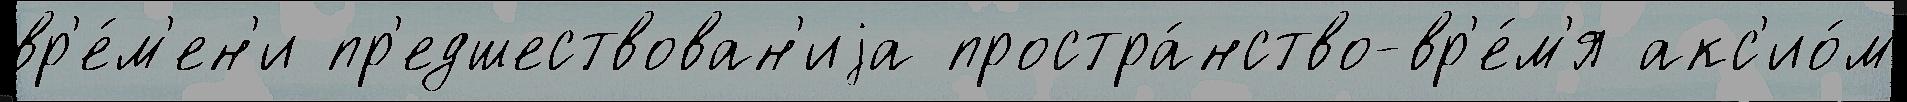
вр'е́м'ен'и пр'едшествован'иjа простра́нство-вр'е́м'я акс'ио́м